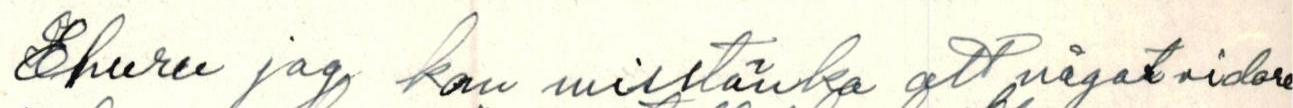
Ehuru jag kan misstänka att något vidare